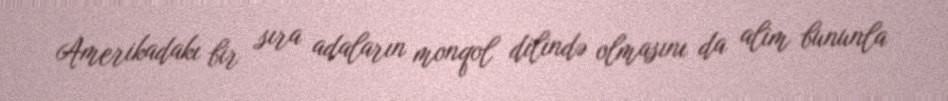
Amerikadakı bir sıra adaların monqol dilində olmasını da alim bununla